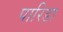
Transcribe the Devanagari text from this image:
पारिडा